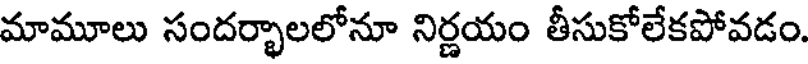
మామూలు సందర్భాలలోనూ నిర్ణయం తీసుకోలేకపోవడం.